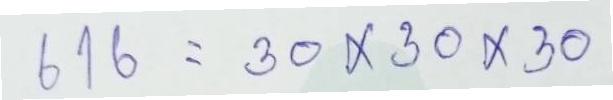
616 = 30x30x30